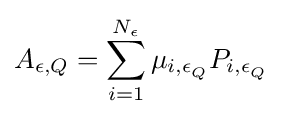
A_{\epsilon ,Q}=\sum _{i=1}^{N_{\epsilon }}{\mu _{{i,\epsilon }_{Q}}{P_{{i,\epsilon }_{Q}}}}